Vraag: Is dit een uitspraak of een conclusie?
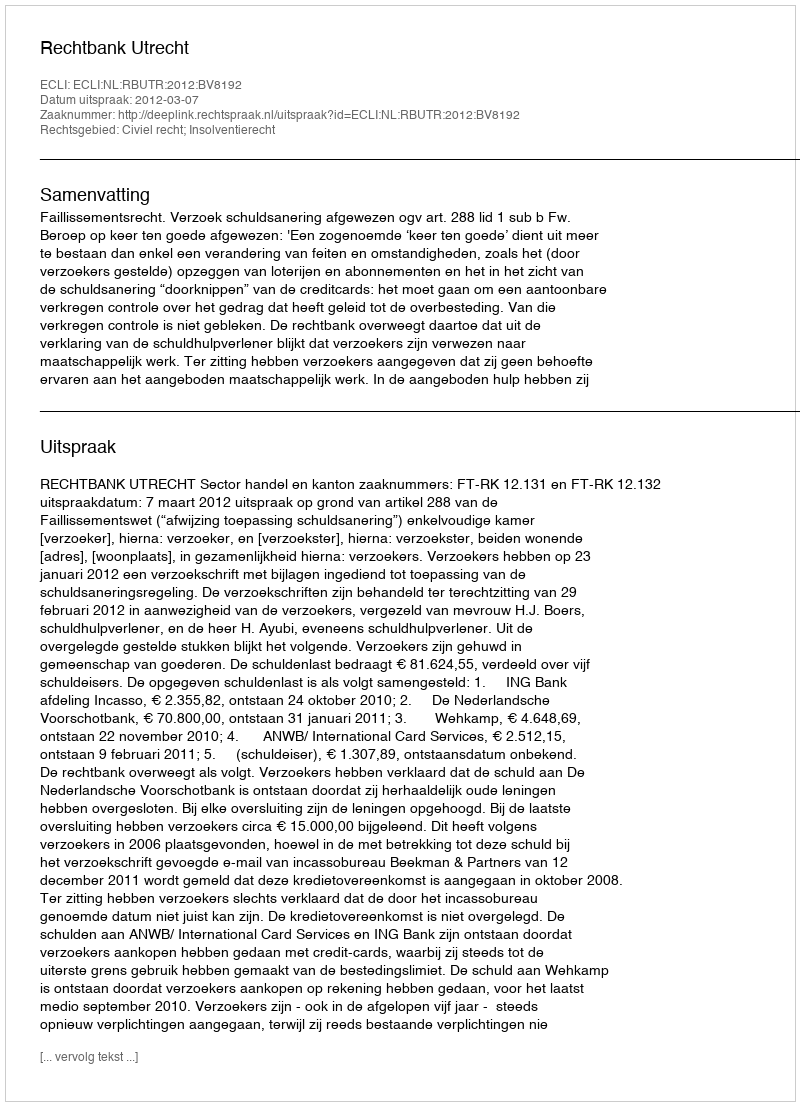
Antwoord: Uitspraak